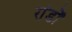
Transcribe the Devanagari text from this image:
रांडों